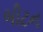
બીટન